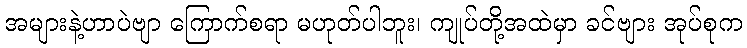
အများနဲ့ဟာပဲဗျာ ကြောက်စရာ မဟုတ်ပါဘူး၊ ကျုပ်တို့အထဲမှာ ခင်ဗျား အုပ်စုက